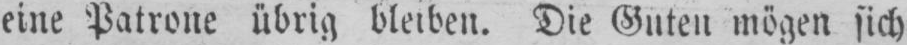
eine Patrone übrig bleiben. Die Guten mögen sich